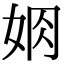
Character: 𡜃